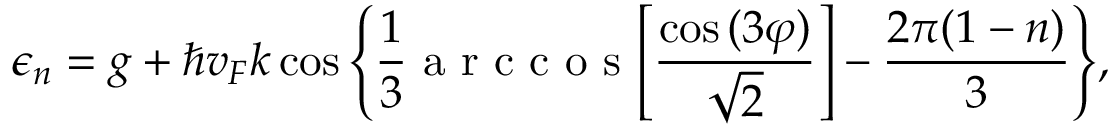
\epsilon _ { n } = g + \hbar v _ { F } k \cos { \left\{ \frac { 1 } { 3 } \mathrm { ~ a ~ r ~ c ~ c ~ o ~ s ~ } { \left[ \frac { \cos { ( 3 \varphi ) } } { \sqrt { 2 } } \right] } - \frac { 2 \pi ( 1 - n ) } { 3 } \right\} } ,